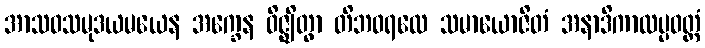
အာသဝသမုဒယမယေန အက္ခေန ဝိဇ္ဈိတွာ တိဘဝရထေ သမာယောဇိတံ အနာဒိကာလပ္ပဝတ္တံ